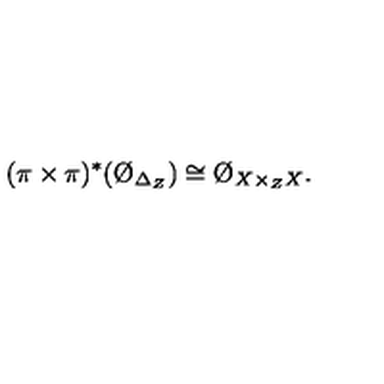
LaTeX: ( \pi \times \pi ) ^ { * } ( \O _ { \Delta _ { Z } } ) \cong \O _ { X \times _ { Z } X } .